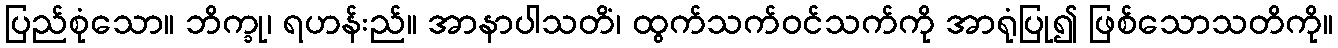
ပြည်စုံသော။ ဘိက္ခု၊ ရဟန်းည်။ အာနာပါသတိံ၊ ထွက်သက်ဝင်သက်ကို အာရုံပြု၍ ဖြစ်သောသတိကို။